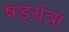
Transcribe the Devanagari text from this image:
षड़यंत्रा